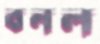
বনল